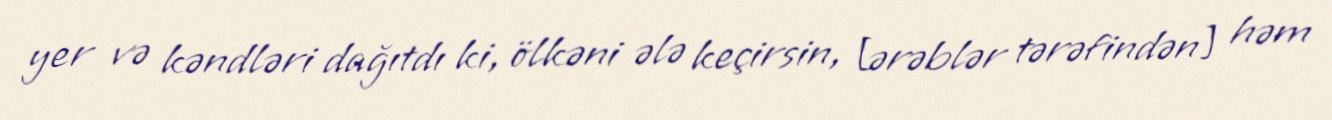
yer və kəndləri dağıtdı ki, ölkəni ələ keçirsin, [ərəblər tərəfindən] həm